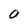
Character: O